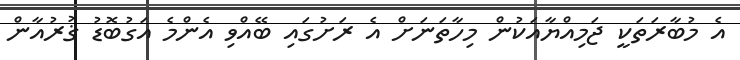
އެ މުބާރަތަކީ ޖަމިއްޔާއަކުން މިހާތަނަށް އެ ރަށުގައި ބޭއްވި އެންމެ އަގުބޮޑު ޤުރުއާން